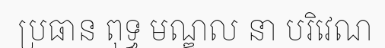
ប្រធាន ពុទ្ធ មណ្ឌល នា បរិវេណ